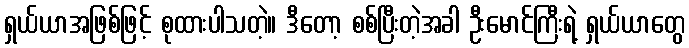
ရှယ်ယာအဖြစ်ဖြင့် စုထားပါသတဲ့။ ဒီတော့ စစ်ပြီးတဲ့အခါ ဦးမောင်ကြီးရဲ့ ရှယ်ယာတွေ